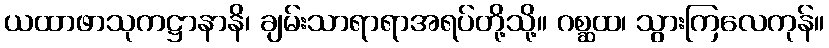
ယထာဖာသုကဋ္ဌာနာနိ၊ ချမ်းသာရာရာအရပ်တို့သို့။ ဂစ္ဆထ၊ သွားကြလေကုန်။